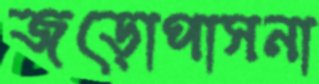
জড়োপাসনা